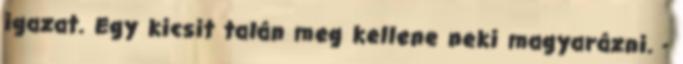
igazat. Egy kicsit talán meg kellene neki magyarázni. -